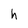
Character: h